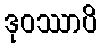
ဒုဝဿာပိ